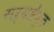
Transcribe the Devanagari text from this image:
सर्वश्रेंष्ठ